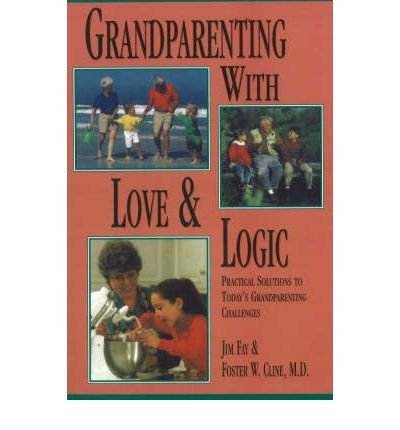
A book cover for Grandparenting With Love and Logic: Practical Solutions to Today's Grandparenting Challenges; Jim Fay; Parenting & Relationships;